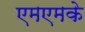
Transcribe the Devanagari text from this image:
एमएमके